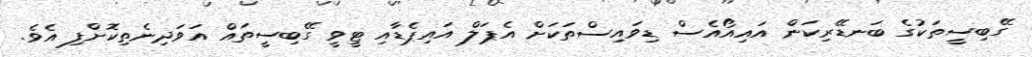
ގޭބިސީތަކުގެ ބަނޑޭރިކަން އައިއޯއެސް ޑިވައިސްތަކަށް އެޕަލް އައިޕެޑާއި ޓީވީ ގޭބިސީތައް އަވަދިނެތިކޮށްފި އެވެ.